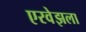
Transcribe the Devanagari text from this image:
एरवेझला